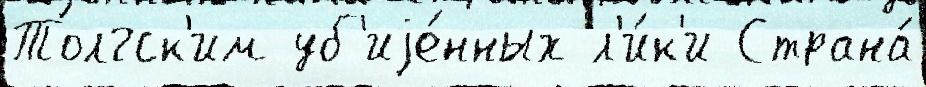
Толгск'им уб'иjе́нных л'и́к'и Страна́